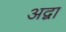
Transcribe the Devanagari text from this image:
अद्वा